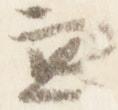
兼